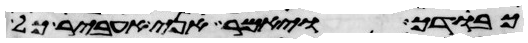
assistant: כבודך ויאמר אני אעביר כל